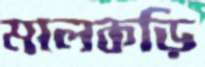
মালকড়ি